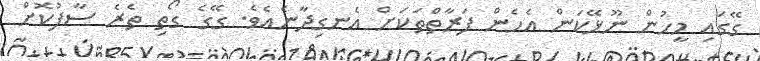
ގޭގައި މީހުން ނޫޅޭކަން އެހެން ފަރާތްތަކަށް އެނގިދާނެއެވެ. ގޭގެ ގޯތި ތެރެ ސާފުކޮށް